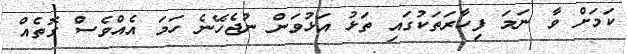
ކަމަށް ވާ ނަމަ ފިހާރަތަކުގައި ތަޅު އަޅުވަން ނުޖެހޭނެ ހަމަ އެއްވެސް ގޮތެއް